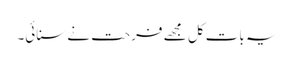
یہ بات کل مجھے فرحت نے سنائی۔